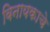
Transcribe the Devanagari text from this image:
विनायकाचे